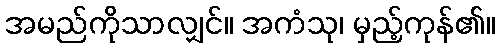
အမည်ကိုသာလျှင်။ အကံသု၊ မှည့်ကုန်၏။